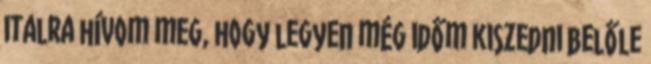
italra hívom meg, hogy legyen még időm kiszedni belőle